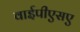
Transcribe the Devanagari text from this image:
वाईपीएसए